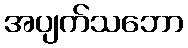
အပျက်သဘော